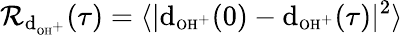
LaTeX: \mathcal{R}_{\textrm{d}_{\textrm{{\scriptsize OH}}^{+}}}(\tau)=\langle|\textrm{d}_{\textrm{\scriptsize OH}^{+}}(0)-\textrm{d}_{\textrm{{\scriptsize OH}}^{+}}(\tau)|^{2}\rangle